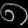
Digit: ၈